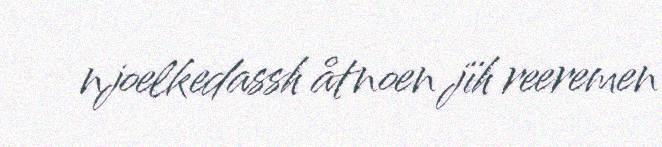
njoelkedassh åtnoen jïh reeremen